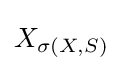
X_{\sigma (X,S)}